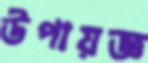
উপায়জ্ঞ